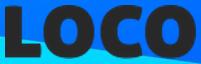
LOCO